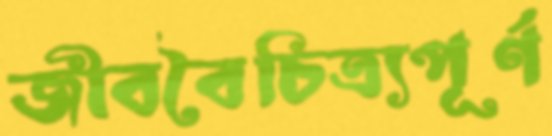
জীববৈচিত্র্যপূর্ণ